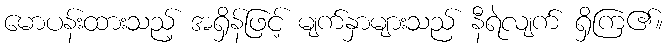
မောပန်းထားသည့် အရှိန်ဖြင့် မျက်နှာများသည် နီရဲလျက် ရှိကြ၏။